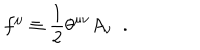
LaTeX: f ^ { \mu } \equiv { \frac { 1 } { 2 } } \theta ^ { \mu \nu } A _ { \nu } ~ ~ .